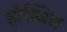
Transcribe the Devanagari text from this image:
होब्बित